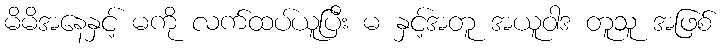
မိမိအနေနှင့် မကို လက်ထပ်ယူပြီး မ နှင့်အတူ အယူဝါဒ တူသူ အဖြစ်